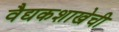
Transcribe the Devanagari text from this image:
वैद्यकशाखेची